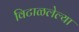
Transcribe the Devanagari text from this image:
विटाळलेल्या